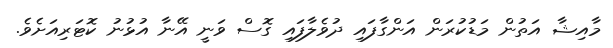
މާއިޝާ އަތުން މަޑުކުރަން އަންގާފައި ދުވެލާފައި ގޮސް ވަނީ އޭނާ އުޅުނު ކޮޓަރިއަށެވެ.